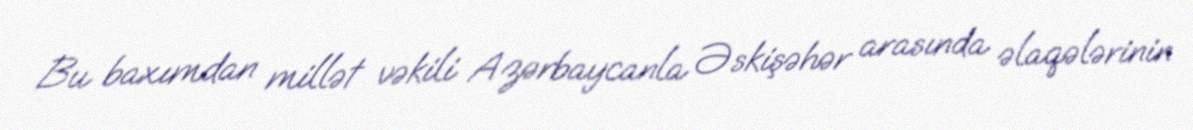
Bu baxımdan millət vəkili Azərbaycanla Əskişəhər arasında əlaqələrinin